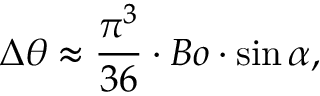
\Delta \theta \approx \frac { \pi ^ { 3 } } { 3 6 } \cdot B o \cdot \sin \alpha ,